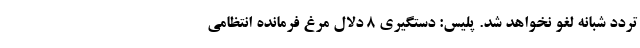
تردد شبانه لغو نخواهد شد. پلیس: دستگیری ۸ دلال مرغ فرمانده انتظامی